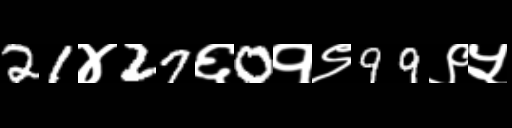
Text: 21४27६0१९99९५